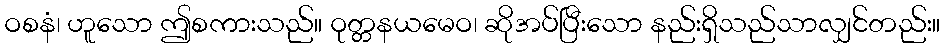
ဝစနံ၊ ဟူသော ဤစကားသည်။ ဝုတ္တနယမေဝ၊ ဆိုအပ်ပြီးသော နည်းရှိသည်သာလျှင်တည်း။